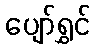
ပျော်ရွှင်